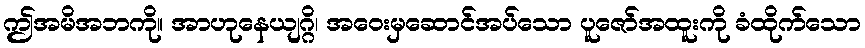
ဤအမိအဘကို။ အာဟုနေယျဂ္ဂိ၊ အဝေးမှဆောင်အပ်သော ပူဇော်အထူးကို ခံထိုက်သော